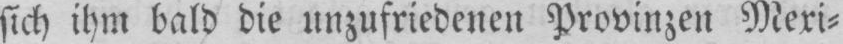
sich ihm bald die unzufriedenen Provinzen Mexi⸗